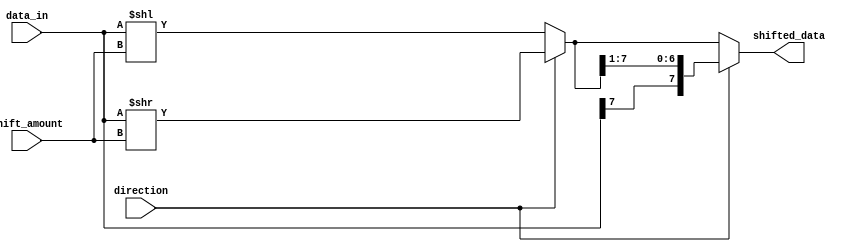
module barrel_shifter (
    input [7:0] data_in,
    input [2:0] shift_amount,
    input direction,
    output [7:0] shifted_data
);

wire [7:0] shifted_data_temp;

// Logical shift
assign shifted_data_temp = (direction) ? data_in >> shift_amount : data_in << shift_amount;

// Arithmetic shift
assign shifted_data = (direction) ? {data_in[7], shifted_data_temp[7:1]} : shifted_data_temp;

endmodule